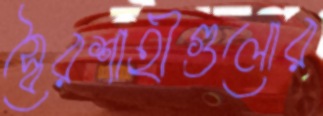
স্বৈরশাহীগুলোর